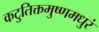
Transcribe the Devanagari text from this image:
कटुतिक्तमुष्णमधुरं